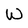
Character: w